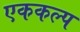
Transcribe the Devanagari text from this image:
एककल्प